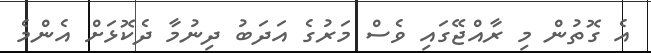
އެ ގޮތުން މި ރާއްޖޭގައި ވެސް މަރުގެ އަދަބު ދިނުމާ ދެކޮޅަށް އެންމެ